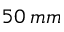
5 0 \: m m